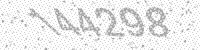
Solution: 144298